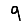
Digit: 9